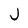
Character: J